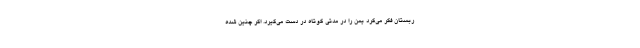
ربستان فکر می‌کرد یمن را در مدتی کوتاه در دست می‌گیرد. اگر چنین شده